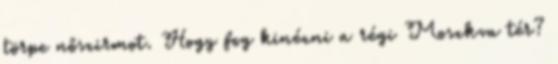
törpe nőszirmot. Hogy fog kinézni a régi Moszkva tér?